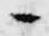
々